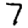
Digit: 7